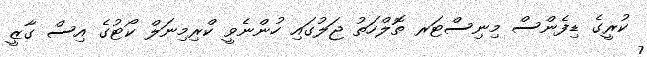
ކުރީގެ ޑިފެންސް މިނިސްޓަރ ތޮލްހަތު ޖަލުގައި ހުންނެވީ ކްރިމިނަލް ކޯޓުގެ އިސް ގާޒީ